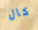
كال